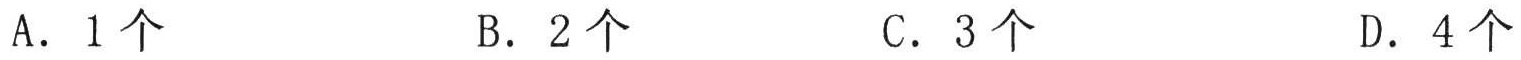
A. \(1\)个
B. \(2\)个
C. \(3\)个
D. \(4\)个